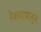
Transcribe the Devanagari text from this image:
रेशमापासुन